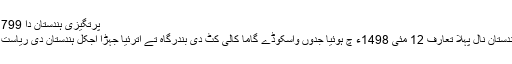
پرتگیزی ہندستان دا 1799ء دا اک سکہ
پرتگیزياں دا ہندستان نال پہلا تعارف 12 مئی 1498ء چ ہوئیا جدوں واسکوڈے گاما کالی کٹ دی بندرگاہ تے اترئیا جہڑا اجکل ہندستان دی ریاست کیرالا چ اے ۔